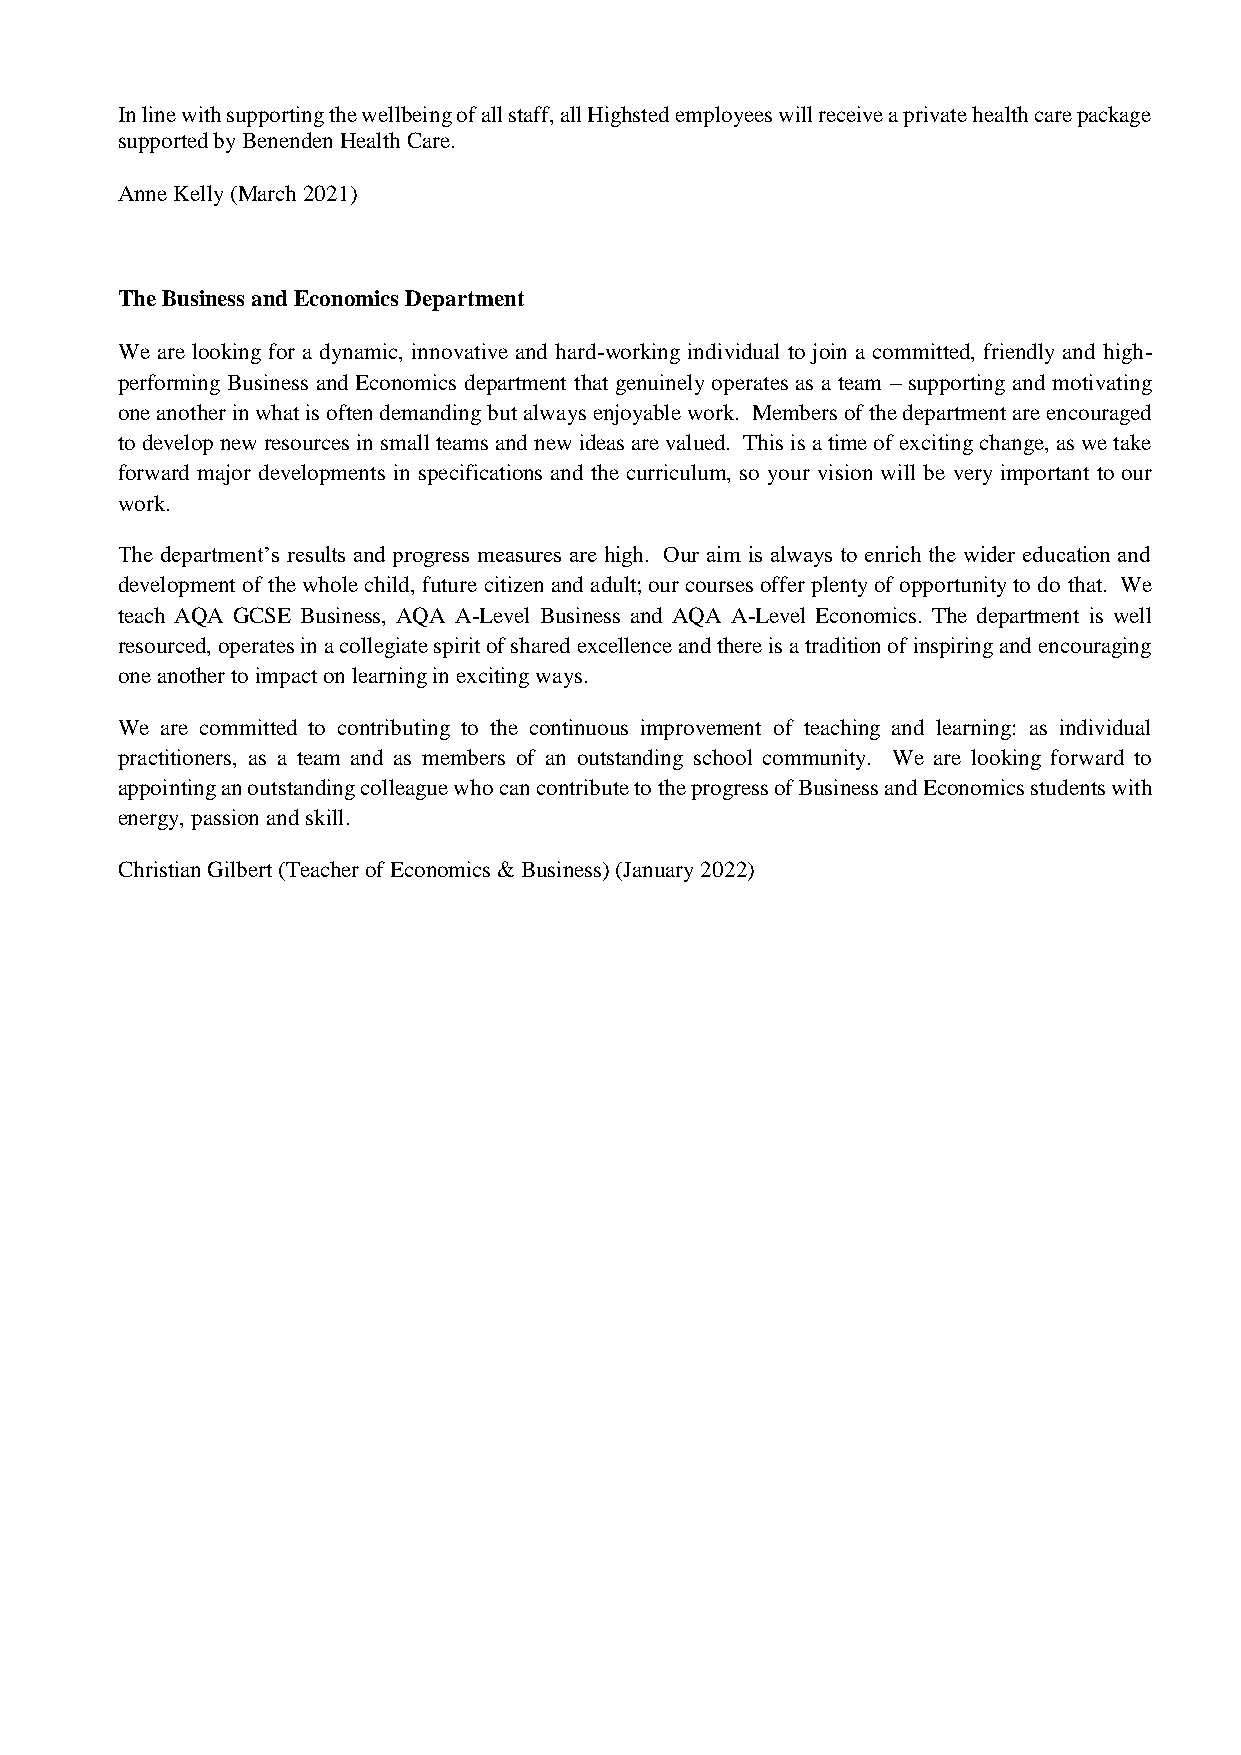
In line with supporting the wellbeing of all staff, all Highsted employees will receive a private health care package
 supported by Benenden Health Care.
 Anne Kelly (March 2021)
 The Business and Economics Department
 We are looking for a dynamic, innovative and hard-working individual to join a committed, friendly and high-
 performing Business and Economics department that genuinely operates as a team – supporting and motivating
 one another in what is often demanding but always enjoyable work. Members of the department are encouraged
 to develop new resources in small teams and new ideas are valued. This is a time of exciting change, as we take
 forward major developments in specifications and the curriculum, so your vision will be very important to our
 work.
 The department’s results and progress measures are high. Our aim is always to enrich the wider education and
 development of the whole child, future citizen and adult; our courses offer plenty of opportunity to do that. We
 teach AQA GCSE Business, AQA A-Level Business and AQA A-Level Economics. The department is well
 resourced, operates in a collegiate spirit of shared excellence and there is a tradition of inspiring and encouraging
 one another to impact on learning in exciting ways.
 We are committed to contributing to the continuous improvement of teaching and learning: as individual
 practitioners, as a team and as members of an outstanding school community. We are looking forward to
 appointing an outstanding colleague who can contribute to the progress of Business and Economics students with
 energy, passion and skill.
 Christian Gilbert (Teacher of Economics & Business) (January 2022)